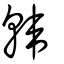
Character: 韓